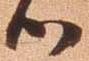
御